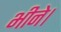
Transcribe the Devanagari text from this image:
भीने।